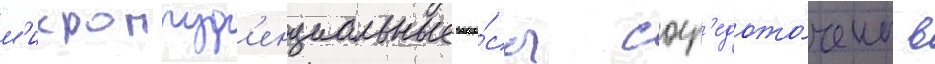
м'икропруд'енциальные вопро́сы соср'едото́чены в